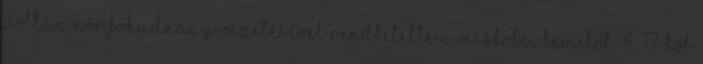
Zoltán nőr.főhadnagy vezetésével rendbetette a miskolci temetőt. 4. 17-től